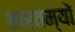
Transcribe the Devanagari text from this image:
तारतम्यों